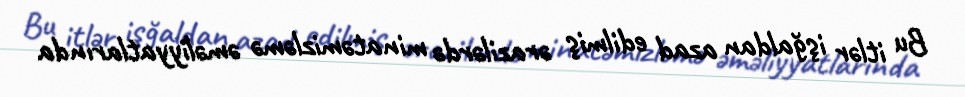
Bu itlər işğaldan azad edilmiş ərazilərdə minatəmizləmə əməliyyatlarında